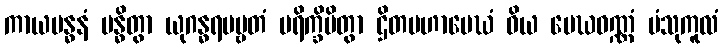
ကာယဗန္ဓနံ ဗန္ဓိတွာ ယုဂန္ဓရပဗ္ဗတံ ပရိက္ခိပိတွာ ဌိတမဟာမေဃံ ဝိယ မေဃဝဏ္ဏံ ပံသုကူလံ